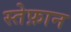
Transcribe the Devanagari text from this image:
स्तेफ़ान